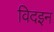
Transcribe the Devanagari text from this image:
विदइन